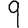
Digit: 9